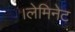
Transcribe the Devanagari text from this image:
।लेमिनेट